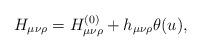
LaTeX: \begin{align*}H_{\mu\nu\rho}=H^{(0)}_{\mu\nu\rho}+h_{\mu\nu\rho}\theta(u),\end{align*}